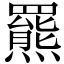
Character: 羆